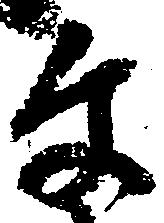
文